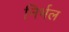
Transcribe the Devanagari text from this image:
निर्भल